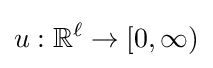
u:\mathbb {R} ^{\ell }\rightarrow [0,\infty )